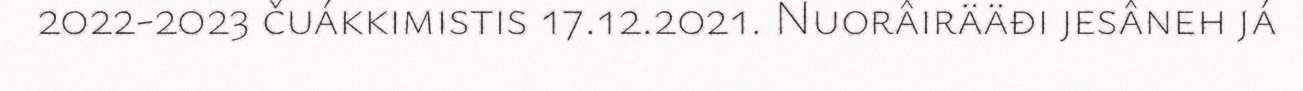
2022-2023 čuákkimistis 17.12.2021. Nuorâirääđi jesâneh já